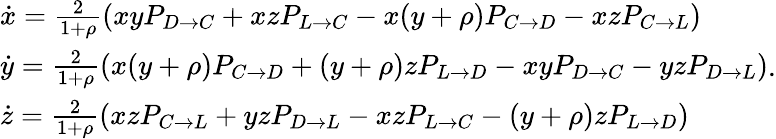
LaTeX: \begin{array}{l}{\dot{x}=\frac{2}{1+\rho}(xyP_{D\to C}+xzP_{L\to C}-x(y+\rho)P_{C\to D}-xzP_{C\to L})}\\ {\dot{y}=\frac{2}{1+\rho}(x(y+\rho)P_{C\to D}+(y+\rho)zP_{L\to D}-xyP_{D\to C}-yzP_{D\to L})}\\ {\dot{z}=\frac{2}{1+\rho}(xzP_{C\to L}+yzP_{D\to L}-xzP_{L\to C}-(y+\rho)zP_{L\to D})}\end{array}.